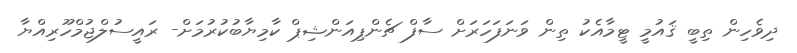
ދިވެހިން ތިބީ ޤައުމީ ޓީމާއެކު ތިން ވަނަފަހަރަށް ސާފް ޗެންޕިއަންޝިޕް ކާމިޔާބުކުރުމަށް- ރައީސުލްޖުމްހޫރިއްޔާ